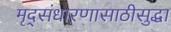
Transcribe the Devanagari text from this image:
मृद्संधारणासाठीसुद्धा